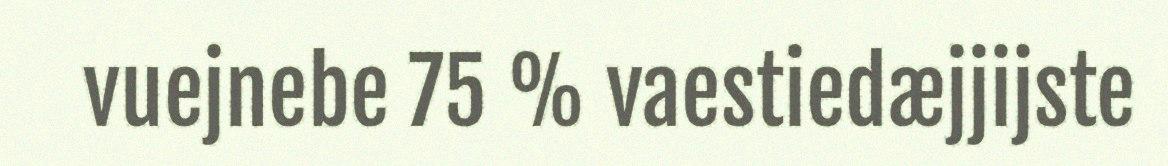
vuejnebe 75 % vaestiedæjjijste